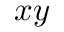
x y